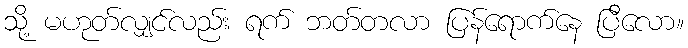
သို့ မဟုတ်လျှင်လည်း ရက် ဘတ်တလာ ပြန်ရောက်နေ ပြီလော။